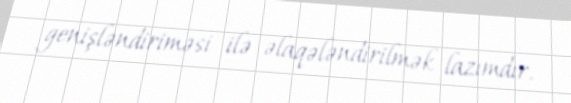
genişləndiriməsi ilə əlaqələndirilmək lazımdır.